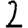
Digit: 2